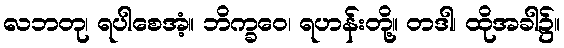
လဘတု၊ ရပါစေအံ့။ ဘိက္ခဝေ၊ ရဟန်းတို့။ တဒါ၊ ထိုအခါ၌။